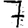
Digit: 7